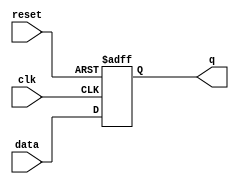
module axi_traffic_gen_v2_0_7_asynch_rst_ff (
data  ,
clk    ,
reset ,
q     
);
input data, clk, reset ; 
output q;
(*ASYNC_REG = "TRUE" *) reg q;
always @ ( posedge clk or posedge reset) begin
  if (reset) begin
    q <= 1'b1;
  end  else begin
    q <= data;
  end
end
endmodule